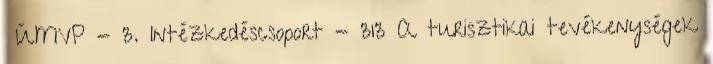
▪ÚMVP - 3. Intézkedéscsoport - 313 A turisztikai tevékenységek